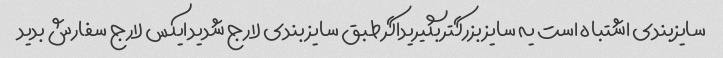
سایزبندی اشتباه است یه سایز بزرگتر بگیریداگر طبق سایز بندی لارج شدید ایکس لارج سفارش بدید